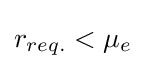
r_{req.}<\mu _{e}